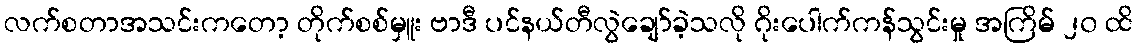
လက်စတာအသင်းကတော့ တိုက်စစ်မှူး ဗာဒီ ပင်နယ်တီလွဲချော်ခဲ့သလို ဂိုးပေါက်ကန်သွင်းမှု အကြိမ် ၂၀ ထိ